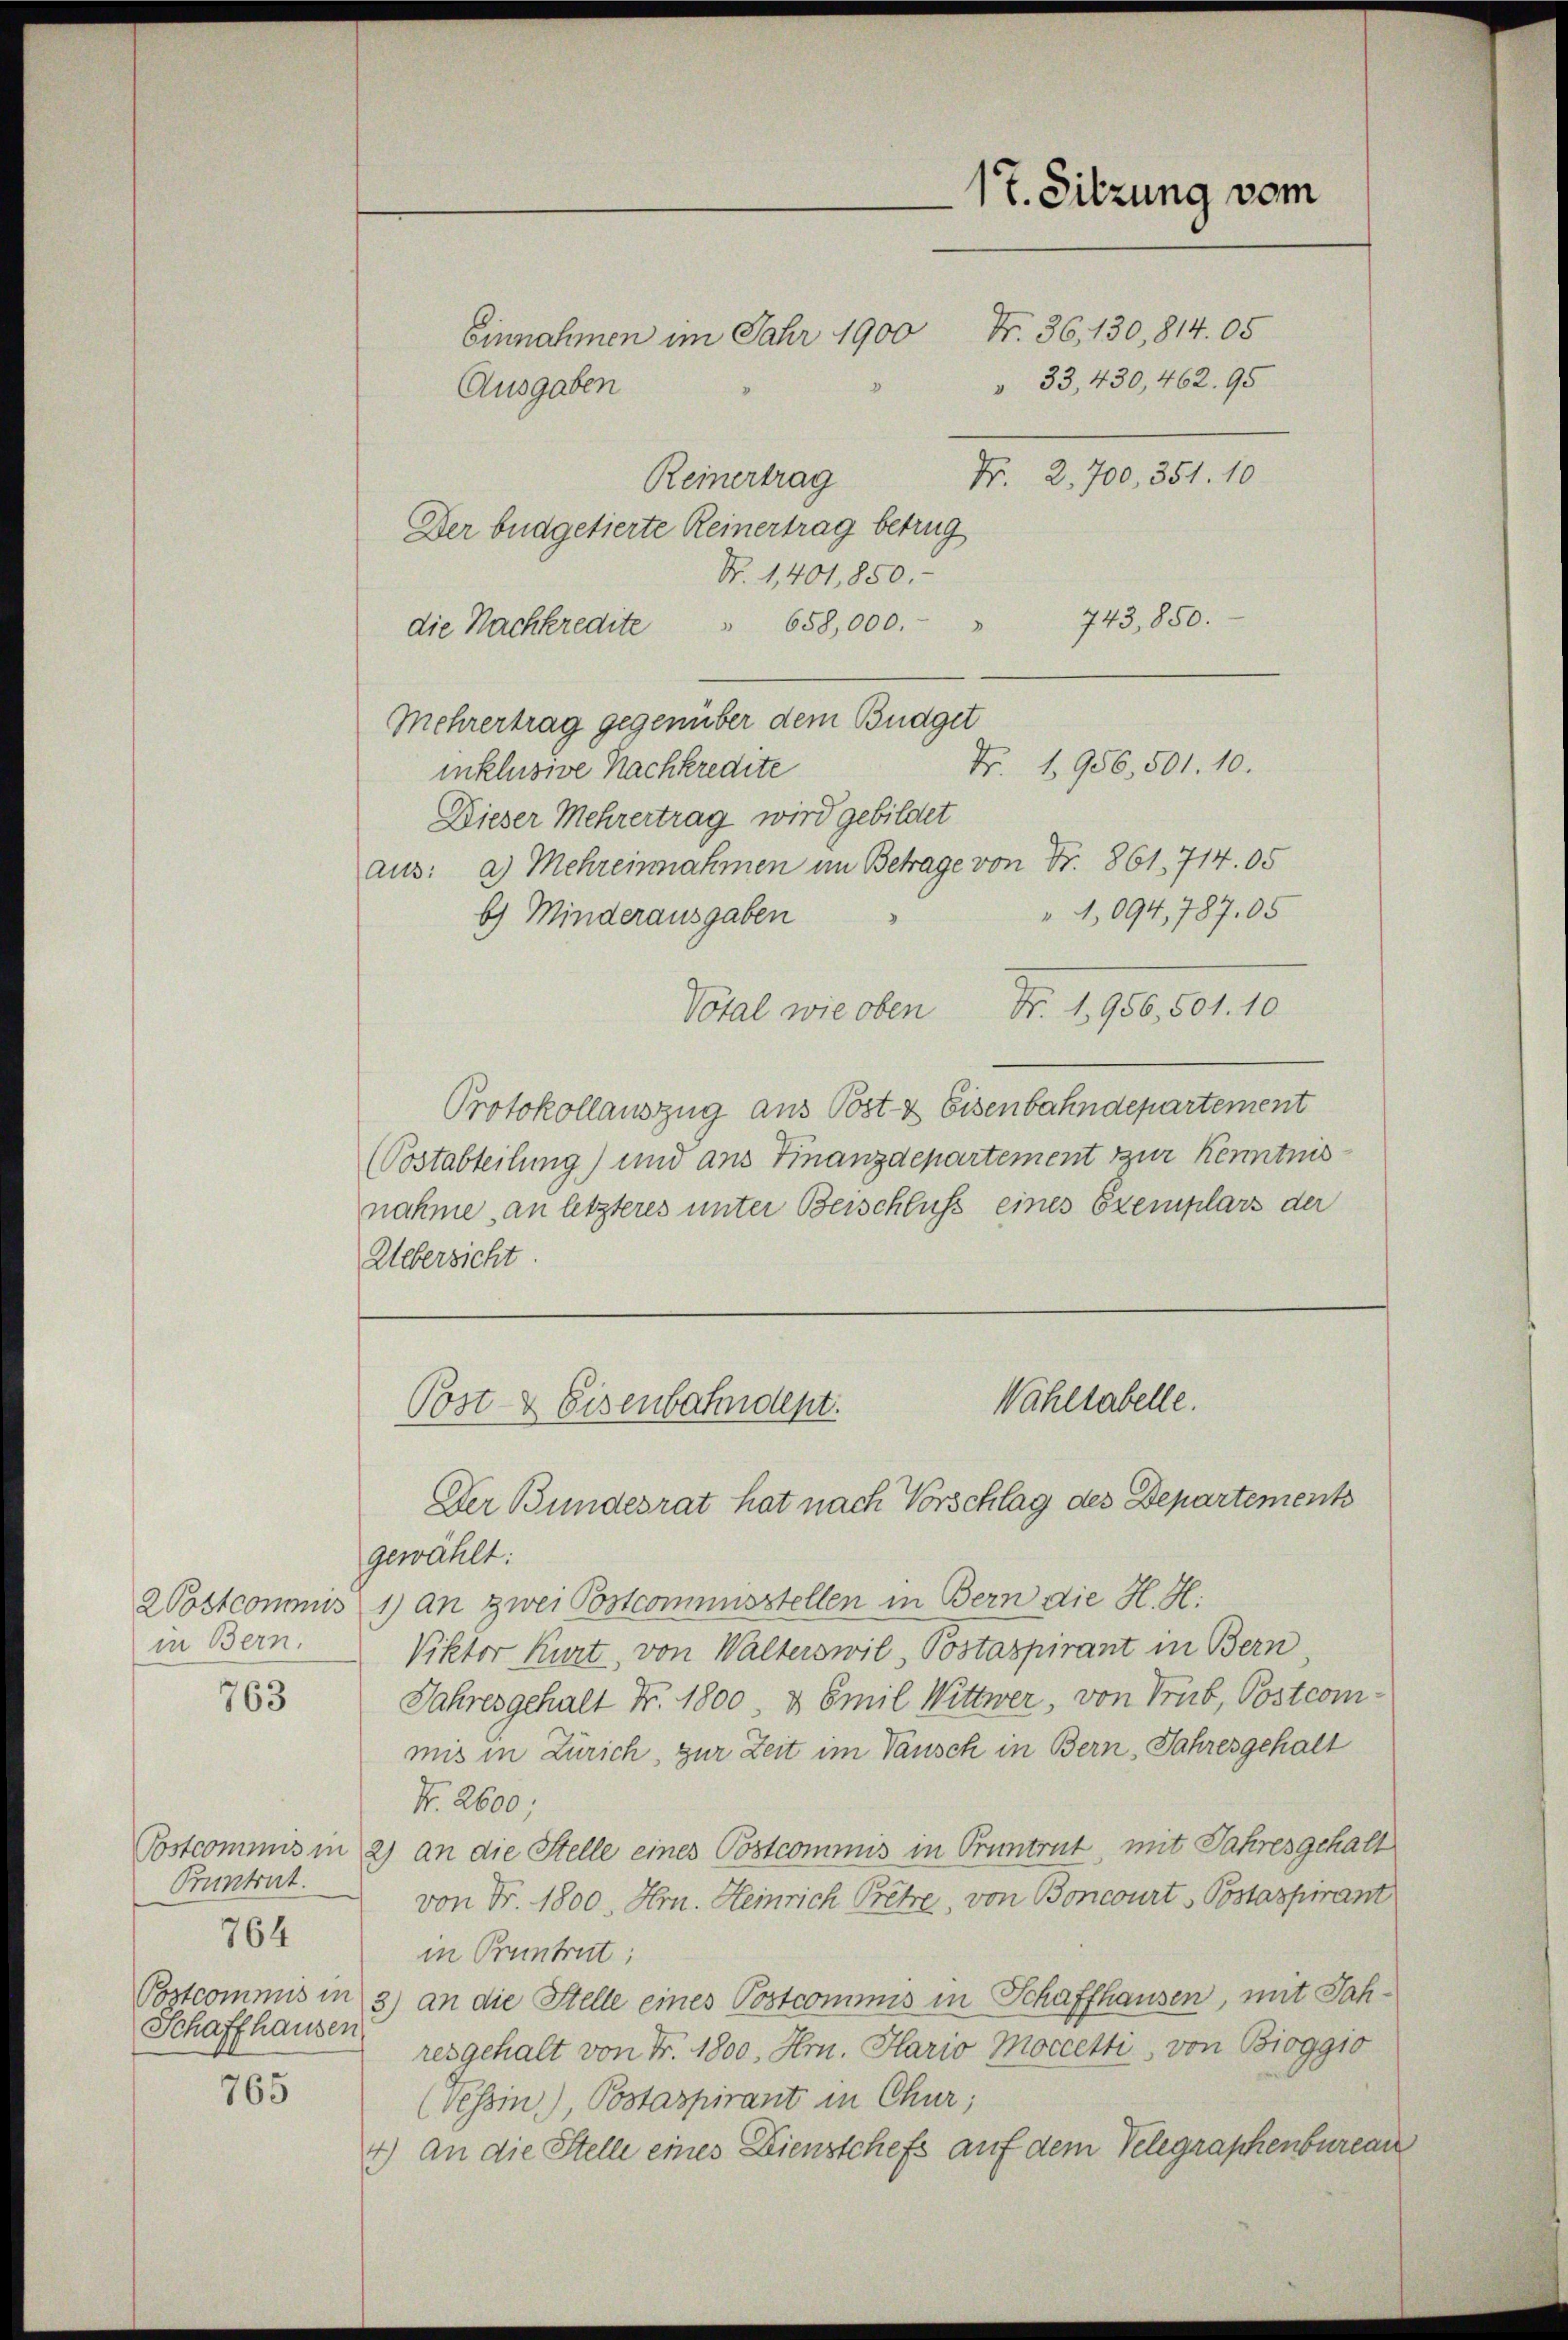
in Bern.

763

Pruntrat.
Schaffhausen

764

765

17. Sitzung vom

No. 36, 130,814. 05
Einnahmen im Jahr 1900
Ausgaben
Nr. 2,700, 351. 10
Reinertrag
Der büdgetierte Reinertrag betrug
Nr. 1,401,850.
743, 850.
die Nachkredite " 658,000.
Mehrertrag gegenüber dem Budget
Fr. 1956, 501. 10.
inklusive Nachkredite
Dieser Mehrertrag wird gebildet
aus: a) Mehreinnahmen im Betrage von Fr. 861. 714. 05
1,094, 787,05
b) Minderausgaben
Votal wie oben Nr. 1950, 501. 10
Protokollauszug aus Post- & Eisenbahndepartement
(Postabteilung) und ans Finanzdepartement zur Kenntnisnähme, an letzteres unter Beischluss eines Exemplars der
Uebersicht.

33, 430,462. 95

gewählt:
2ostcommis 1) an zwei Postcommisstellen in Bern die H. H.
Viktor Kurt, von Walterswil, Postaspirant in Bern
Jahresgehalt Nr. 1800 & Emil Wittwer, von Trüb, Postcommis in Zürich, zur Zeit im Tausch in Bern, Jahresgehalt
Nr. 2600;
Postcommis in 2) an die Stelle eines Postcommis in Pruntrut, mit Jahresgehalt
von Fr. 1800. Hrn. Heinrich Pretze, von Boncourt Postaspirant
in Pruntrut;
Postcommis in 3) an die Stelle eines Postcommis in Schaffhausen, mit Jahresgehalt von Fr. 1800. Hrn. Hario Moccetti, von Bioggio
(vessin), Postaspirant in Chur;
4.) An die Stelle eines Dienstchefs auf dem Velegraphenbureau

Wahltabelle.
Post- & Eisenbahndent.
Der Bundesrat hat nach Vorschlag des Departement